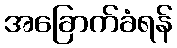
အခြောက်ခံရန်